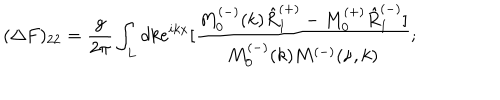
LaTeX: ( \Delta F ) _ { 2 2 } = \frac { g } { 2 \pi } \int _ { L } d k e ^ { i k x } [ \frac { M _ { 0 } ^ { ( - ) } ( k ) \hat { R } _ { 1 } ^ { ( + ) } - M _ { 0 } ^ { ( + ) } \hat { R } _ { 1 } ^ { ( - ) } ] } { M _ { 0 } ^ { ( - ) } ( k ) M ^ { ( - ) } ( \nu , k ) } ;